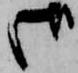
御